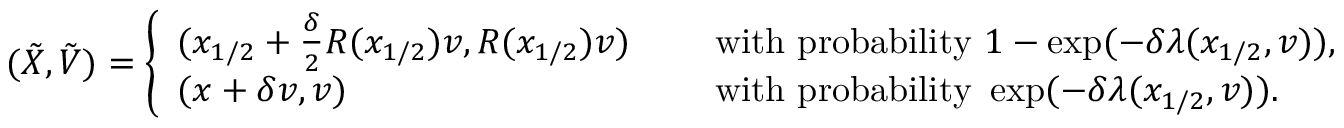
( \tilde { X } , \tilde { V } ) = \left\{ \begin{array} { l l } { ( x _ { 1 / 2 } + \frac { \delta } { 2 } R ( x _ { 1 / 2 } ) v , R ( x _ { 1 / 2 } ) v ) \quad } & { \mathrm { ~ w i t h ~ p r o b a b i l i t y ~ } 1 - \exp ( - \delta \lambda ( x _ { 1 / 2 } , v ) ) , } \\ { ( x + \delta v , v ) \quad } & { \mathrm { ~ w i t h ~ p r o b a b i l i t y ~ } \exp ( - \delta \lambda ( x _ { 1 / 2 } , v ) ) . } \end{array} \right.